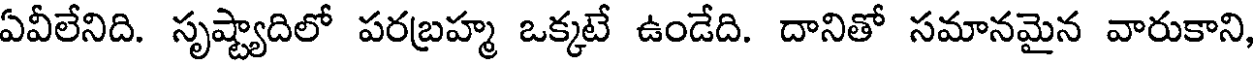
ఏవీలేనిది. సృష్ట్యాదిలో పరబ్రహ్మ ఒక్కటే ఉండేది. దానితో సమానమైన వారుకాని,